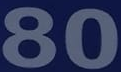
80